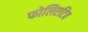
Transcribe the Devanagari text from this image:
फोलिएटिव